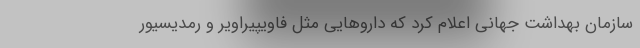
سازمان بهداشت جهانی اعلام کرد که داروهایی مثل فاویپیراویر و رمدیسیور